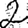
Digit: 2